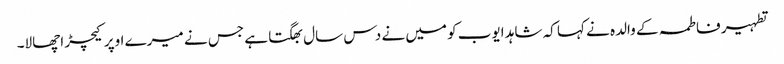
تطہیر فاطمہ کے والدہ نے کہا کہ شاہد ایوب کو میں نے دس سال بھگتا ہے جس نے میرے اوپر کیچڑ اچھالا۔